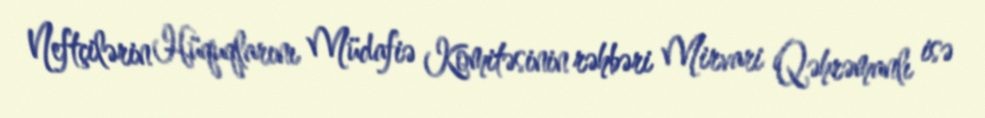
Neftçilərin Hüquqlarını Müdafiə Komitəsinin rəhbəri Mirvari Qəhrəmanlı isə